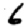
Digit: 6